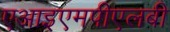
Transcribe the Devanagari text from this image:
एआइएमपीएलबी